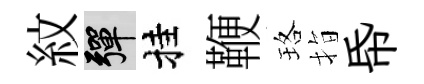
紋彈挂鞭珞指帋